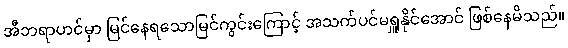
အီဘရာဟင်မှာ မြင်နေရသောမြင်ကွင်းကြောင့် အသက်ပင်မရှူနိုင်အောင် ဖြစ်နေမိသည်။